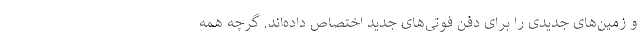
و زمین‌های جدیدی را برای دفن فوتی‌های جدید اختصاص داده‌اند. گرچه همه